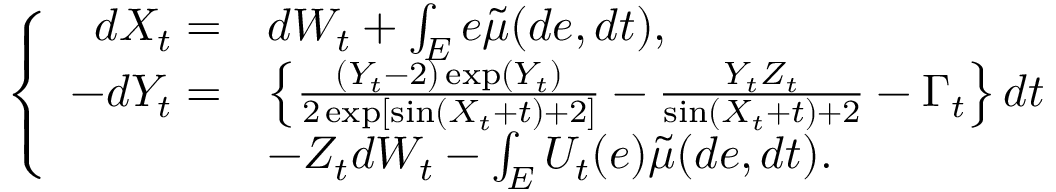
\begin{array} { r } { \left\{ \begin{array} { r l } { d X _ { t } = } & { d W _ { t } + \int _ { E } e \tilde { \mu } ( d e , d t ) , } \\ { - d Y _ { t } = } & { \left\{ \frac { ( Y _ { t } - 2 ) \exp ( Y _ { t } ) } { 2 \exp [ \sin ( X _ { t } + t ) + 2 ] } - \frac { Y _ { t } Z _ { t } } { \sin ( X _ { t } + t ) + 2 } - \Gamma _ { t } \right\} d t } \\ & { - Z _ { t } d W _ { t } - \int _ { E } U _ { t } ( e ) \tilde { \mu } ( d e , d t ) . } \end{array} \right. } \end{array}